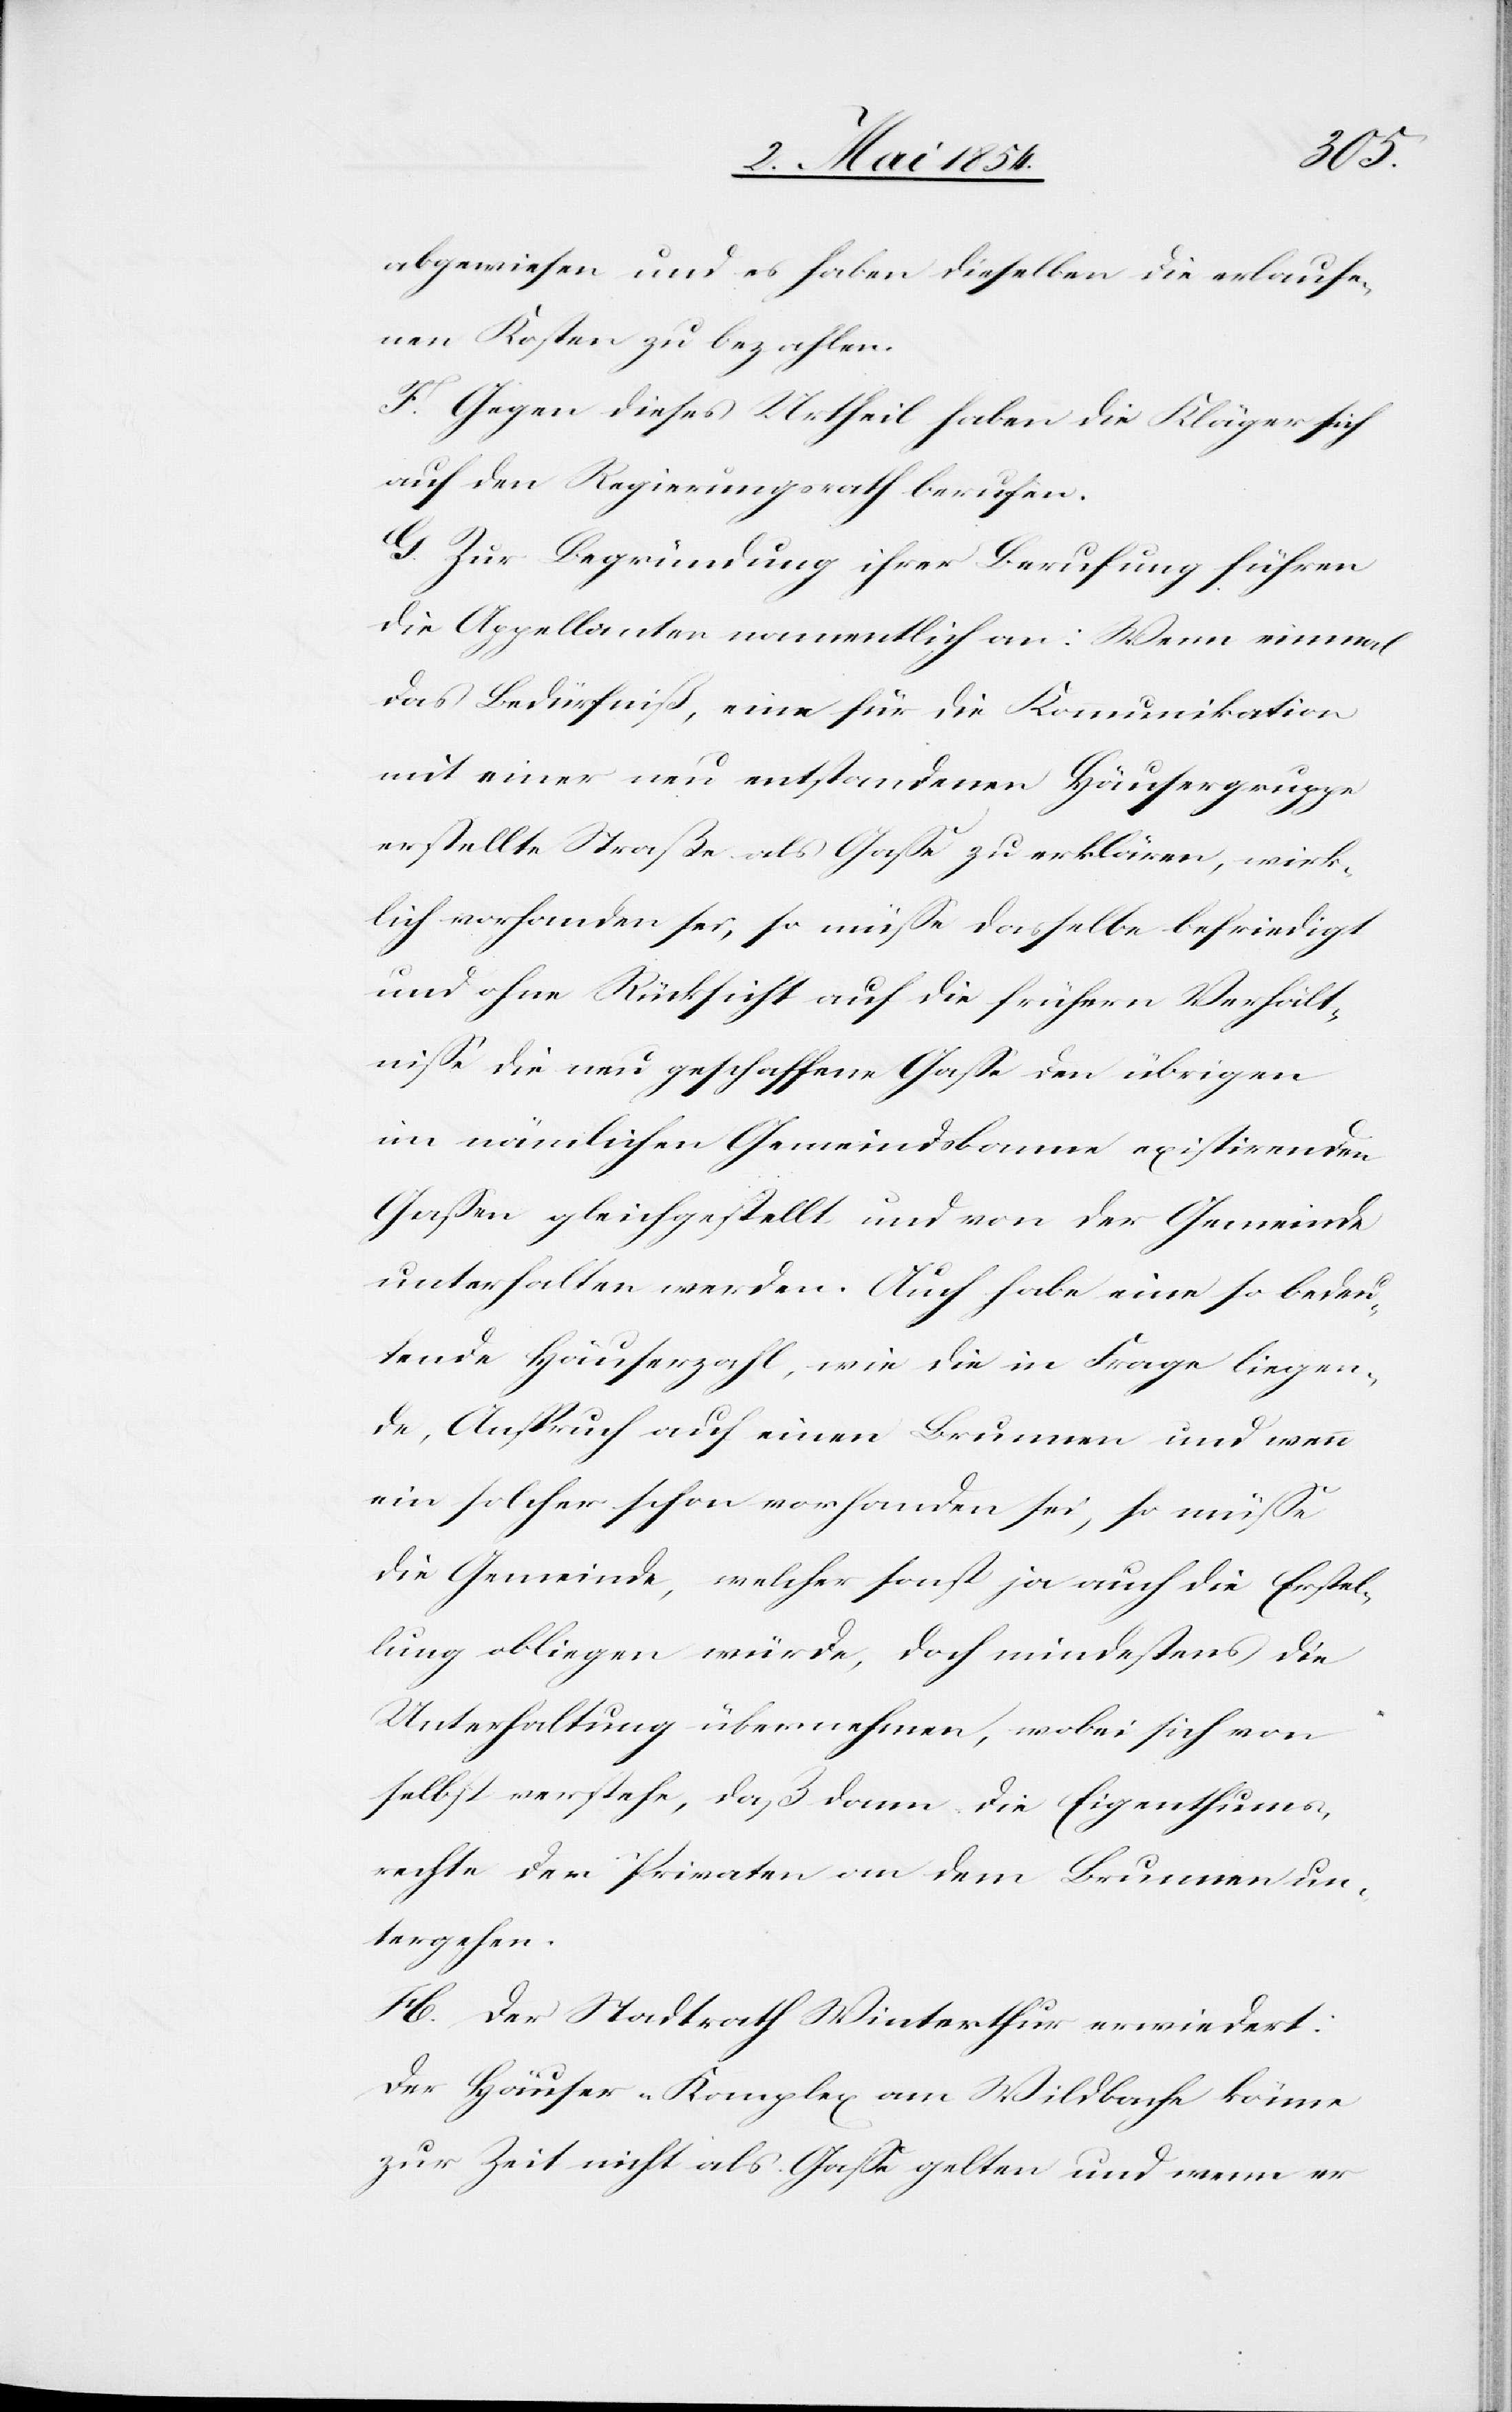
abgewiesen und es haben dieselben die erlaufe¬
nen Kosten zu bezahlen.
F. Gegen dieses Urtheil haben die Kläger sich
auf den Regierungsrath berufen.
G. Zur Begründung ihrer Berufung führen
die Appellanten namentlich an: Wenn einmal
das Bedürfniß, eine für die Kommunikation
mit einer neu entstandenen Häusergruppe
erstellte Straße als Gaße zu erklären, wirk¬
lich vorhanden sei, so müße dasselbe befriedigt
und ohne Rücksicht auf die frühern Verhält¬
niße die neu geschaffene Gaße den übrigen
im nämlichen Gemeindsbanne existirenden
Gaßen gleichgestellt und von der Gemeinde
unterhalten werden. Auch habe eine so bedeu¬
tende Häuserzahl, wie die in Frage liegen¬
de, Anspruch auf einen Brunnen und wenn
ein solcher schon vorhanden sei, so müße
die Gemeinde, welcher sonst ja auch die Erstel¬
lung obliegen würde, doch mindestens die
Unterhaltung übernehmen, wobei sich von
selbst verstehe, daß dann die Eigenthums¬
rechte der Privaten an dem Brunnen un¬
tergehen.
H. Der Stadtrath Winterthur erwiedert:
Der Häuser-Komplex am Wildbache könne
zur Zeit nicht als Gaße gelten und wenn er